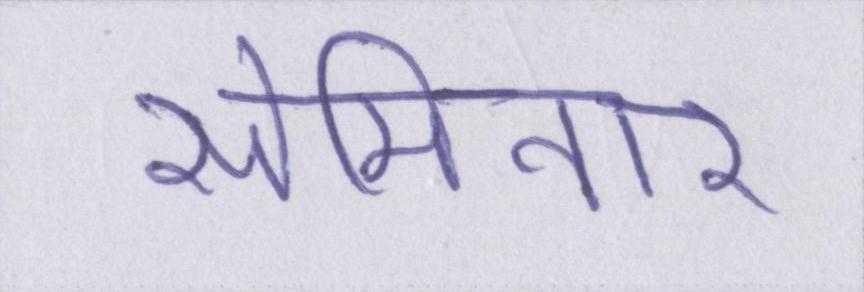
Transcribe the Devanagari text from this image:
सेमिनार